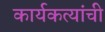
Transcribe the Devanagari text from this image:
कार्यकत्यांची